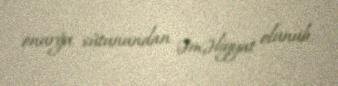
onurğa sütunundan əməliyyat olunub.